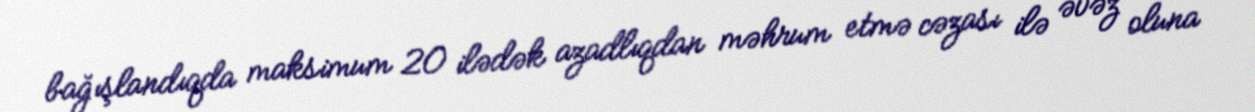
bağışlandıqda maksimum 20 ilədək azadlıqdan məhrum etmə cəzası ilə əvəz oluna